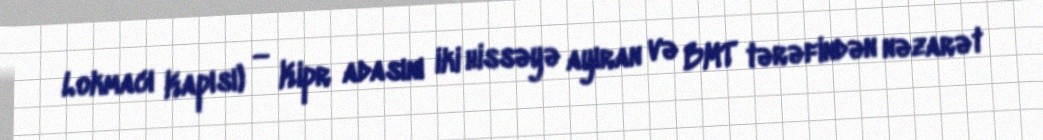
Lokmacı Kapısı) — Kipr adasını iki hissəyə ayıran və BMT tərəfindən nəzarət